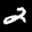
Label: 2